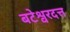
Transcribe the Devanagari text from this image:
बटेश्वरदत्त